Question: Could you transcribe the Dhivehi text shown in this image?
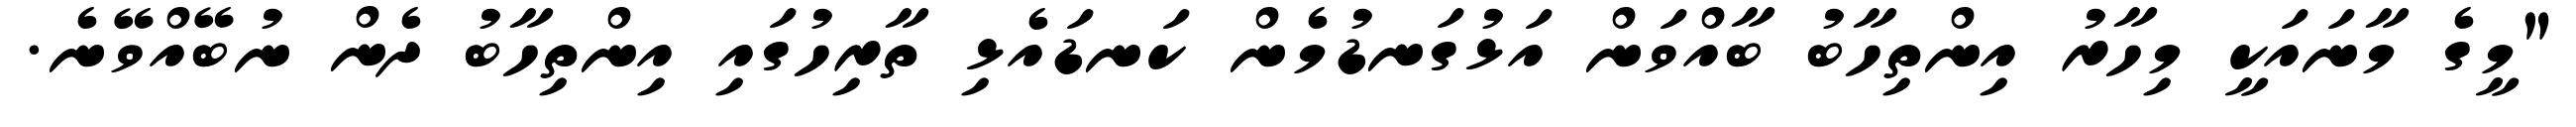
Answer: "މީގެ މާނައަކީ މިހާރު އިންތިހާބު ބާއްވަން އަޅުގަނޑުމެން ކަނޑައެޅި ތާރިހުގައި އިންތިހާބު ދެން ނުބޭއްވޭނެ.